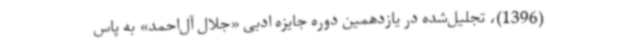
(1396)، تجلیل‌شده در یازدهمین دوره جایزه ادبی «جلال ‌آل‌احمد» به پاس